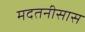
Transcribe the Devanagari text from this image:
मदतनीसास